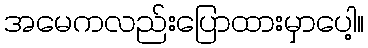
အမေကလည်းပြောထားမှာပေါ့။